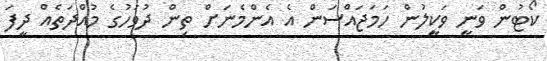
ކޯޓުން ވަނީ ވަކީލުން ހަމަޖައްސަން އެ އެންމެނަށް ތިން ދުވަހުގެ މުއްދަތެއް ދީފަ